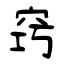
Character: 窍